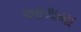
આથમા